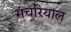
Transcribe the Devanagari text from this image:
मंचरियाल